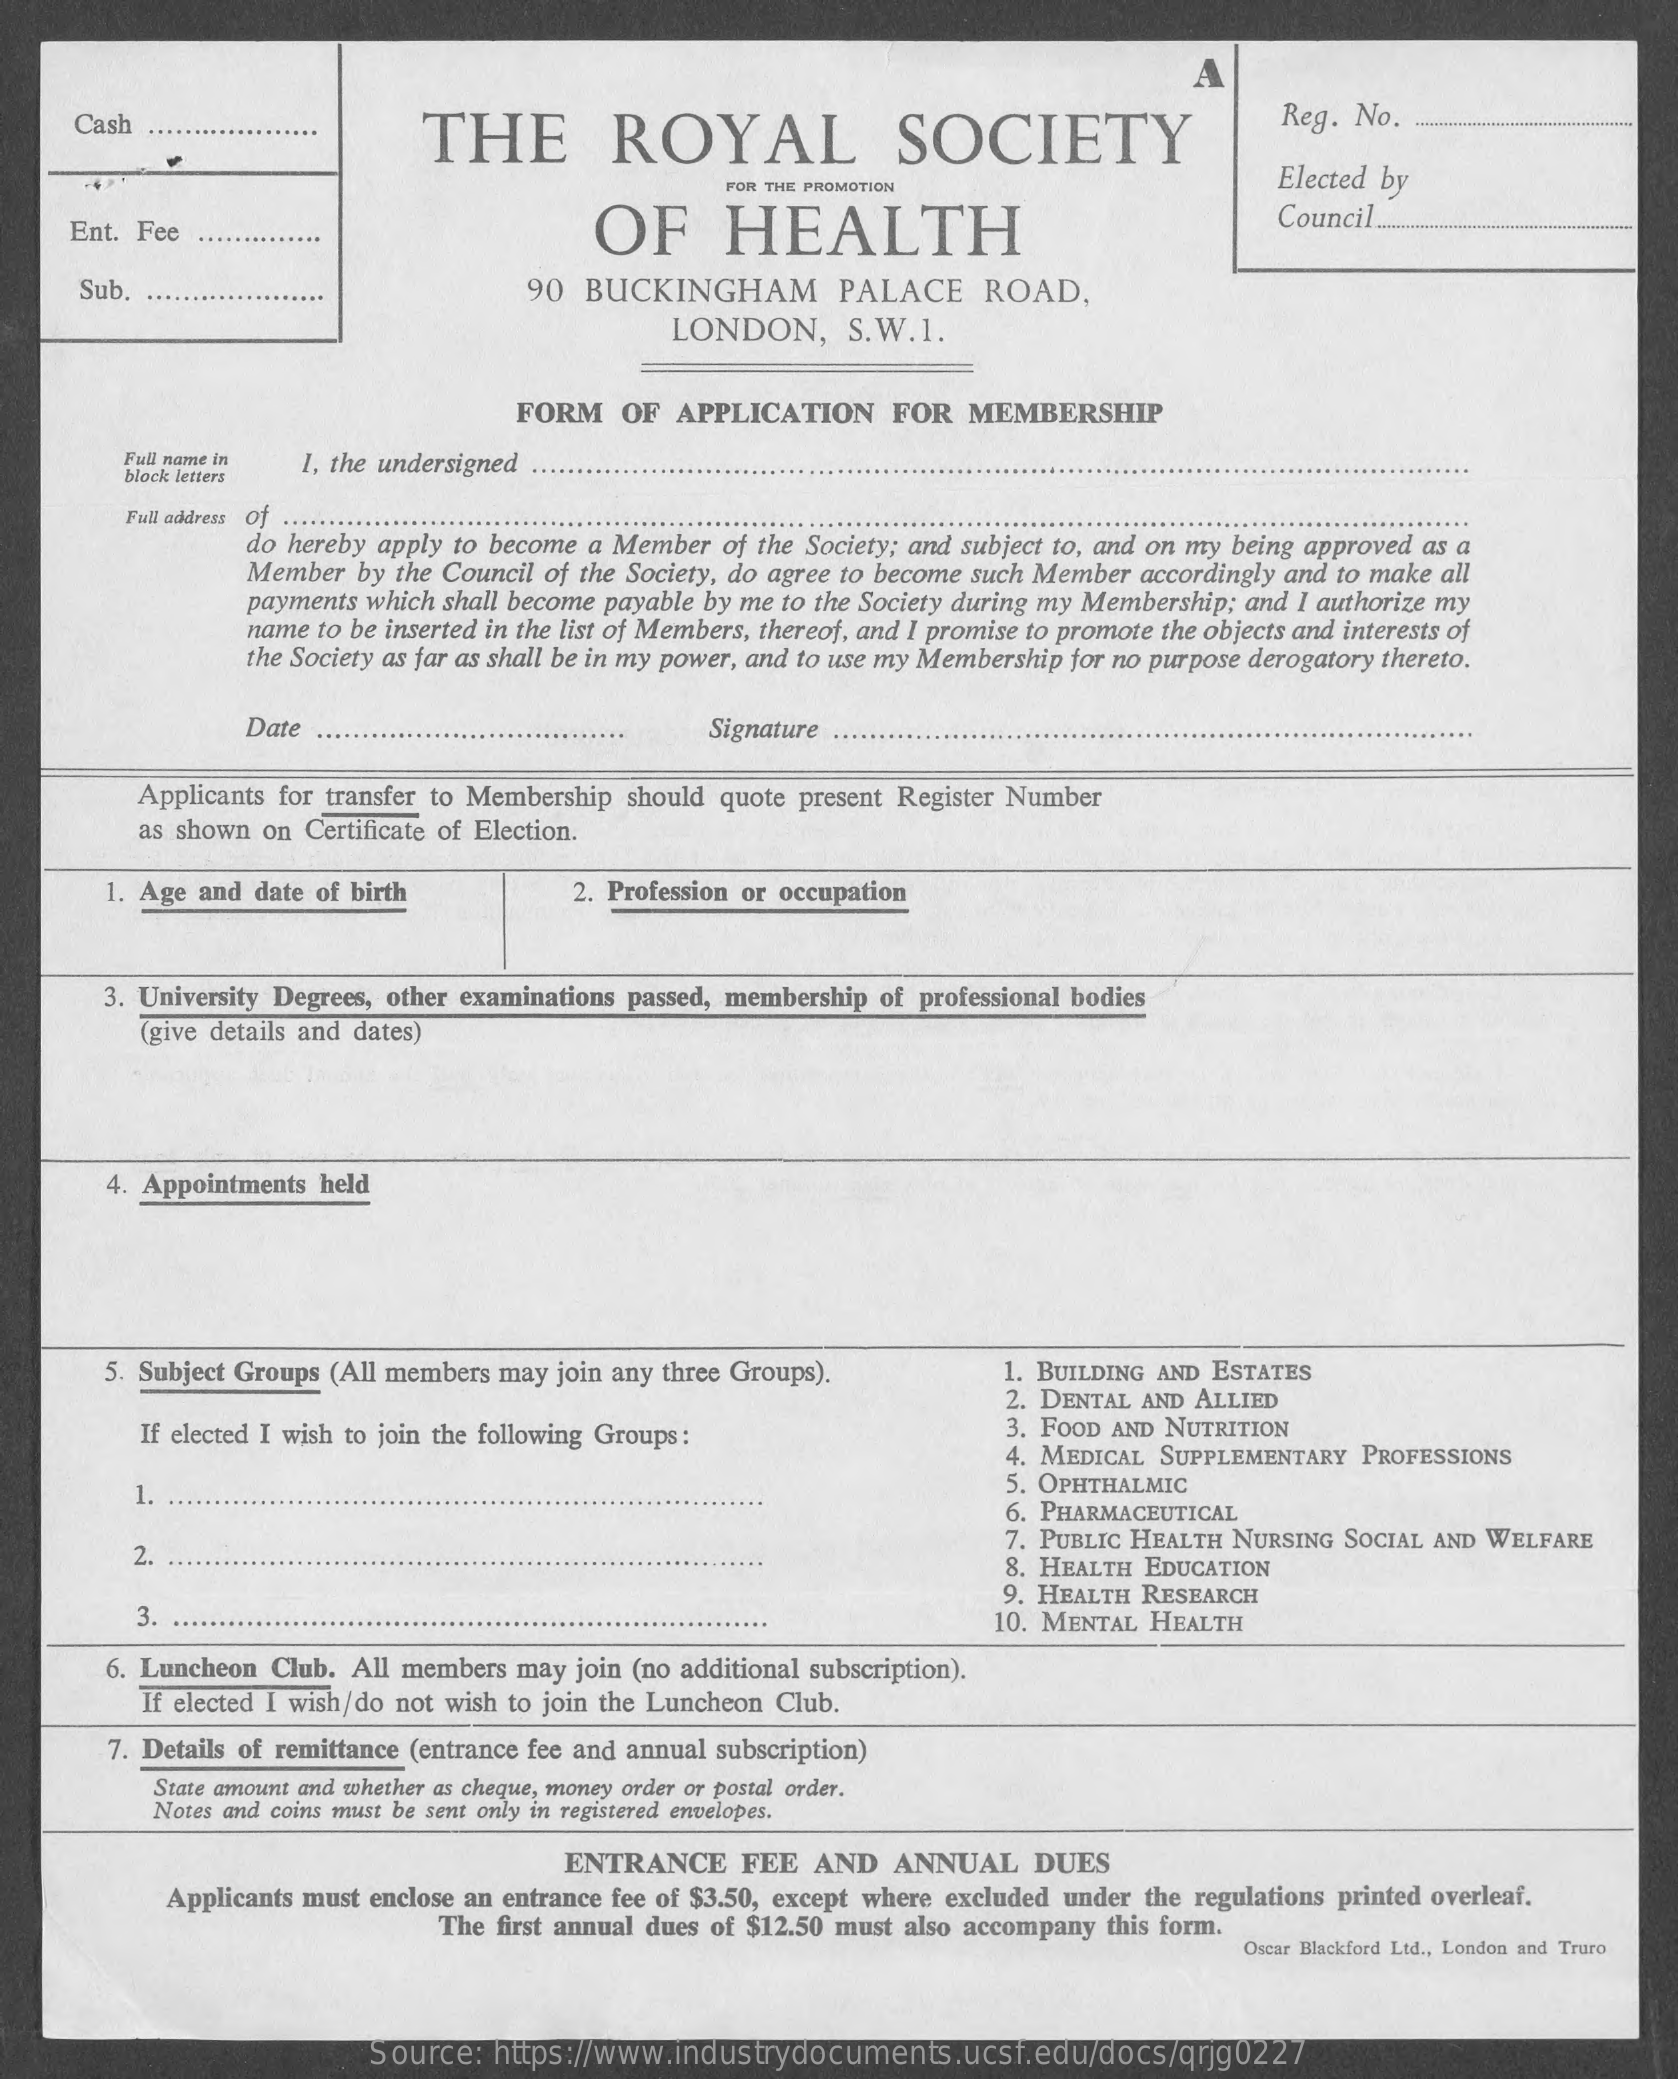
Cash .
     THE    ROYAL    SOCIETY
     Reg. No.
     FOR THE PROMOTION    Elected by
     Ent. Fee    OF    HEALTH    Council ....
     Sub.    90  BUCKINGHAM    PALACE    ROAD,
     LONDON,    S.W.1.
     FORM   OF  APPLICATION    FOR   MEMBERSHIP
     Full name in I, the undersigned
     block letters
     Full address Of .....
     do hereby apply to become a Member of the Society; and subject to, and on my being approved as a
     Member by the Council of the Society, do agree to become such Member accordingly and to make all
     payments which shall become payable by me to the Society during my Membership; and I authorize my
     name to be inserted in the list of Members, thereof, and I promise to promote the objects and interests of
     the Society as far as shall be in my power, and to use my Membership for no purpose derogatory thereto.
     Date    ....    Signature ....
     Applicants for transfer to Membership should quote present Register Number
     as shown on Certificate of Election.
     1. Age and date of birth    2. Profession or occupation
     3. University Degrees, other examinations passed, membership of professional bodies
     (give details and dates)
     4. Appointments held
     5. Subject Groups (All members may join any three Groups).    1. BUILDING AND ESTATES
     2. DENTAL AND ALLIED
     If elected I wish to join the following Groups:    3. FOOD AND NUTRITION
     4. MEDICAL SUPPLEMENTARY PROFESSIONS
     1.
     5. OPHTHALMIC
     6. PHARMACEUTICAL
     2
     7. PUBLIC HEALTH NURSING SOCIAL AND WELFARE
     8. HEALTH EDUCATION
     3.
     9. HEALTH RESEARCH
     10. MENTAL HEALTH
     6. Luncheon Club. All members may join (no additional subscription).
     If elected I wish/do not wish to join the Luncheon Club.
     7. Details of remittance (entrance fee and annual subscription)
     State amount and whether as cheque, money order or postal order.
     Notes and coins must be sent only in registered envelopes.
     ENTRANCE    FEE  AND   ANNUAL   DUES
     Applicants must enclose an entrance fee of $3.50, except where excluded under the regulations printed overleaf.
     The first annual dues of $12.50 must also accompany this form.
     Oscar Blackford Ltd ., London and Truro
     Source: https://www.industrydocuments.ucsf.edu/docs/qrjg0227